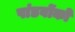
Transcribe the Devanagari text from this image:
पांडवोंको